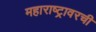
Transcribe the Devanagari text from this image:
महाराष्ट्रावरची